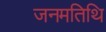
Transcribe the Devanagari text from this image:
जनमतिथि